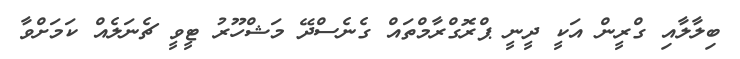
ބިލާލާއި ގްރީން އަކީ ދީނީ ޕްރޮގްރާމްތައް ގެނެސްދޭ މަޝްހޫރު ޓީވީ ޗެނަލެއް ކަމަށްވާ